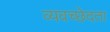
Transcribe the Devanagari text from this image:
व्यवच्छेदता